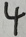
4